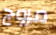
مروج